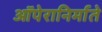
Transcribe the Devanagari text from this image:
ऑपेरानिर्माते